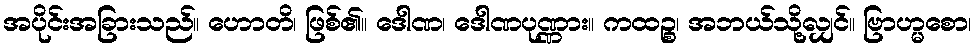
အပိုင်းအခြားသည်။ ဟောတိ၊ ဖြစ်၏။ ဒေါဏ၊ ဒေါဏပုဏ္ဏား။ ကထဉ္စ၊ အဘယ်သို့လျှင်။ ဗြာဟ္မစော၊